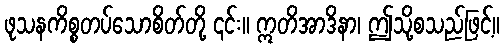
ဖုသနကိစ္စတပ်သောစိတ်တို့ ၎င်း။ ဣတိအာဒိနာ၊ ဤသို့စသည်ဖြင့်။